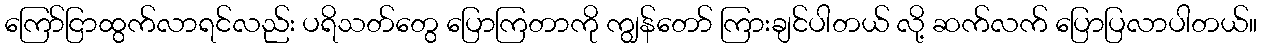
ကြော်ငြာထွက်လာရင်လည်း ပရိသတ်တွေ ပြောကြတာကို ကျွန်တော် ကြားချင်ပါတယ် လို့ ဆက်လက် ပြောပြလာပါတယ်။